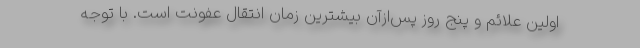
اولین علائم و پنج روز پس‌ازآن بیشترین زمان انتقال عفونت است. با توجه